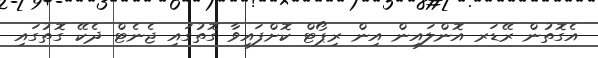
އެގޮތުން ރޭޑަރ އޮންލައިން އިން ރިޕޯޓް ކޮށްފައިވާ ގޮތުގައި ޖެނެޓް ދެކޭ ގޮތުގައި